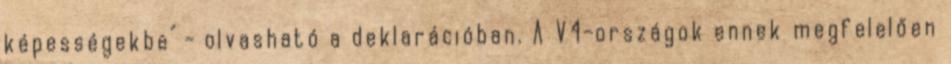
képességekbe" - olvasható a deklarációban. A V4-országok ennek megfelelően